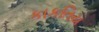
કાકતિય